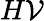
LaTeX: H\mathcal{V}